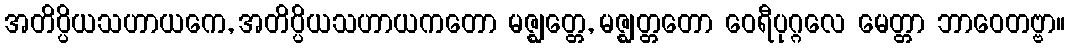
အတိပ္ပိယသဟာယကေ, အတိပ္ပိယသဟာယကတော မဇ္ဈတ္တေ, မဇ္ဈတ္တတော ဝေရီပုဂ္ဂလေ မေတ္တာ ဘာဝေတဗ္ဗာ။